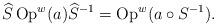
LaTeX: \begin{align*}\widehat{S}\operatorname*{Op}\nolimits^{w}(a)\widehat{S}^{-1}=\operatorname*{Op}\nolimits^{w}(a\circ S^{-1}). \end{align*}